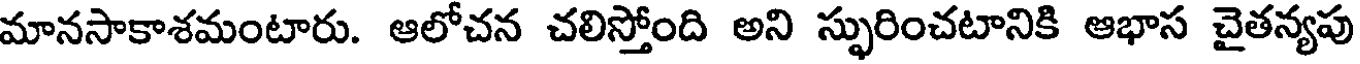
మానసాకాశమంటారు. ఆలోచన చలిస్తోంది అని స్ఫురించటానికి ఆభాస చైతన్యపు